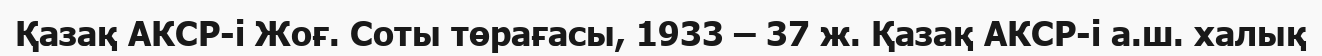
Қазақ АКСР-і Жоғ. Соты төрағасы, 1933 – 37 ж. Қазақ АКСР-і а.ш. халық